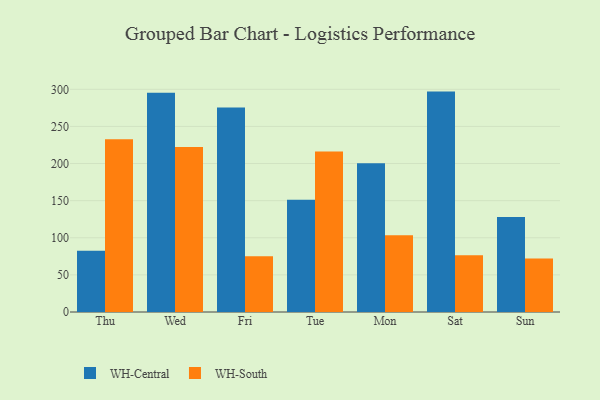
{"axis": {"x": "Day", "y": "Net Income (USD K)"}, "legend": ["WH-Central", "WH-South"], "data": [{"x": "Thu", "y": 82.5, "type": "WH-Central"}, {"x": "Thu", "y": 232.8, "type": "WH-South"}, {"x": "Wed", "y": 295.3, "type": "WH-Central"}, {"x": "Wed", "y": 222.2, "type": "WH-South"}, {"x": "Fri", "y": 275.5, "type": "WH-Central"}, {"x": "Fri", "y": 75.1, "type": "WH-South"}, {"x": "Tue", "y": 151.2, "type": "WH-Central"}, {"x": "Tue", "y": 216.3, "type": "WH-South"}, {"x": "Mon", "y": 200.3, "type": "WH-Central"}, {"x": "Mon", "y": 103.5, "type": "WH-South"}, {"x": "Sat", "y": 296.9, "type": "WH-Central"}, {"x": "Sat", "y": 76.6, "type": "WH-South"}, {"x": "Sun", "y": 128.1, "type": "WH-Central"}, {"x": "Sun", "y": 72.0, "type": "WH-South"}]}